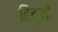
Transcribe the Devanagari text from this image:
हिंदुओें